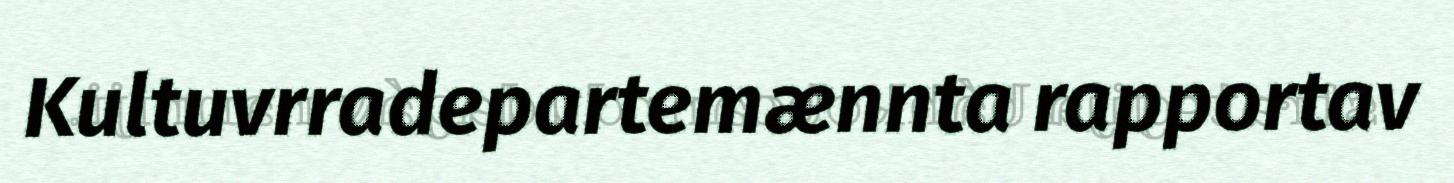
Kultuvrradepartemænnta rapportav